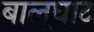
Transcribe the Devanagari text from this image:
बालूघाट